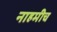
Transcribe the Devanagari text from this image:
नाहमीच